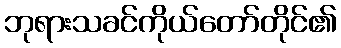
ဘုရားသခင်ကိုယ်တော်တိုင်၏